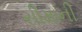
સીમાની